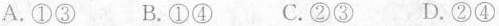
A.①③ B.①④ C.②③ D.②④